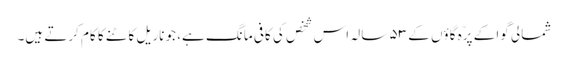
شمالی گوا کے پرّہ گاؤں کے ۵۳ سالہ اس شخص کی کافی مانگ ہے، جو ناریل کاٹنے کا کام کرتے ہیں۔